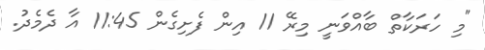
"މި ހަރަކާތް ބާއްވަނީ މިރޭ 11 އިން ފެށިގެން 11:45 އާ ދެމެދު.